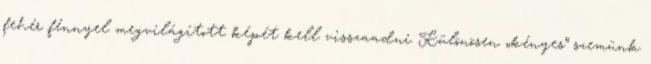
fehér fénnyel megvilágított képét kell visszaadni Különösen „kényes” szemünk